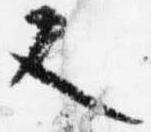
又